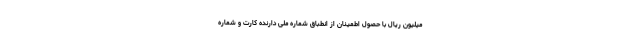
میلیون ریال با حصول اطمینان از انطباق شماره ملی دارنده کارت و شماره